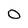
Character: 0